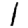
Digit: 1